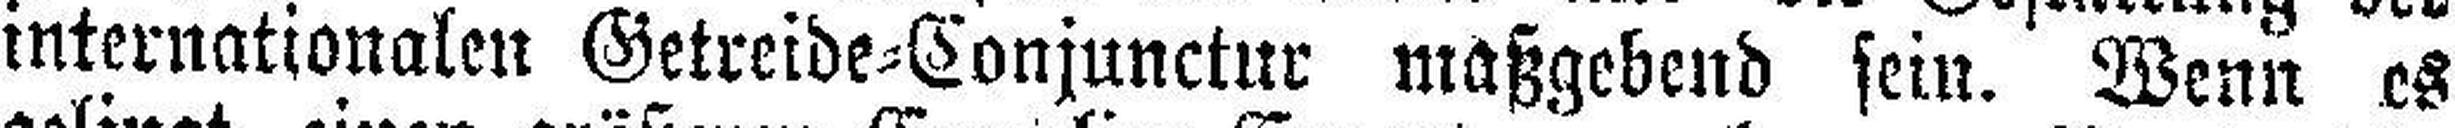
internationalen Getreide=Conjunctur maßgebend sein. Wenn es